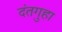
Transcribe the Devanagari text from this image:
दंतगुहा